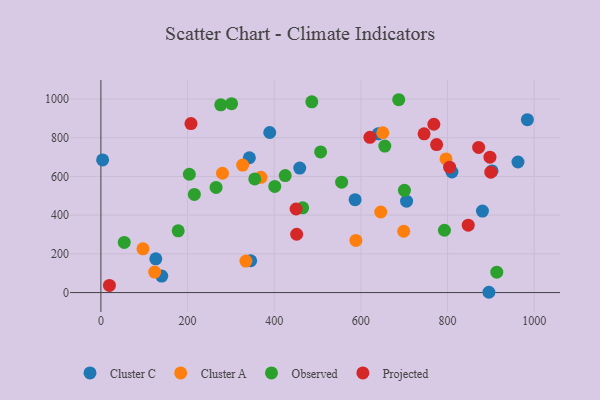
{"axis": {"x": "Investment", "y": "Sales"}, "legend": ["Cluster A", "Cluster C", "Observed", "Projected"], "data": [{"x": "458.9", "y": 643.1, "type": "Cluster C"}, {"x": "126.7", "y": 174.5, "type": "Cluster C"}, {"x": "962.6", "y": 674.7, "type": "Cluster C"}, {"x": "705.5", "y": 471.9, "type": "Cluster C"}, {"x": "810.2", "y": 622.8, "type": "Cluster C"}, {"x": "342.7", "y": 696.6, "type": "Cluster C"}, {"x": "389.7", "y": 827.1, "type": "Cluster C"}, {"x": "345.7", "y": 164.3, "type": "Cluster C"}, {"x": "586.7", "y": 479.7, "type": "Cluster C"}, {"x": "4.0", "y": 685.5, "type": "Cluster C"}, {"x": "902.8", "y": 628.3, "type": "Cluster C"}, {"x": "895.5", "y": 1.4, "type": "Cluster C"}, {"x": "880.6", "y": 421.2, "type": "Cluster C"}, {"x": "640.1", "y": 820.4, "type": "Cluster C"}, {"x": "140.4", "y": 84.9, "type": "Cluster C"}, {"x": "984.3", "y": 893.2, "type": "Cluster C"}, {"x": "97.1", "y": 226.0, "type": "Cluster A"}, {"x": "124.2", "y": 105.9, "type": "Cluster A"}, {"x": "796.5", "y": 690.3, "type": "Cluster A"}, {"x": "280.6", "y": 616.5, "type": "Cluster A"}, {"x": "588.5", "y": 269.5, "type": "Cluster A"}, {"x": "650.6", "y": 825.8, "type": "Cluster A"}, {"x": "698.9", "y": 316.7, "type": "Cluster A"}, {"x": "334.7", "y": 162.8, "type": "Cluster A"}, {"x": "369.4", "y": 595.5, "type": "Cluster A"}, {"x": "645.9", "y": 416.3, "type": "Cluster A"}, {"x": "327.2", "y": 658.5, "type": "Cluster A"}, {"x": "401.3", "y": 548.2, "type": "Observed"}, {"x": "655.3", "y": 756.7, "type": "Observed"}, {"x": "276.6", "y": 970.3, "type": "Observed"}, {"x": "425.4", "y": 604.5, "type": "Observed"}, {"x": "215.7", "y": 507.0, "type": "Observed"}, {"x": "301.6", "y": 975.9, "type": "Observed"}, {"x": "178.4", "y": 319.1, "type": "Observed"}, {"x": "265.8", "y": 543.1, "type": "Observed"}, {"x": "465.6", "y": 438.0, "type": "Observed"}, {"x": "53.9", "y": 259.0, "type": "Observed"}, {"x": "204.1", "y": 611.3, "type": "Observed"}, {"x": "486.8", "y": 985.8, "type": "Observed"}, {"x": "700.5", "y": 528.4, "type": "Observed"}, {"x": "507.1", "y": 726.8, "type": "Observed"}, {"x": "913.7", "y": 105.3, "type": "Observed"}, {"x": "687.4", "y": 996.4, "type": "Observed"}, {"x": "555.6", "y": 570.2, "type": "Observed"}, {"x": "792.9", "y": 322.0, "type": "Observed"}, {"x": "355.1", "y": 586.9, "type": "Observed"}, {"x": "620.9", "y": 802.3, "type": "Projected"}, {"x": "207.9", "y": 873.4, "type": "Projected"}, {"x": "768.4", "y": 869.7, "type": "Projected"}, {"x": "451.8", "y": 301.3, "type": "Projected"}, {"x": "847.8", "y": 347.9, "type": "Projected"}, {"x": "899.9", "y": 621.9, "type": "Projected"}, {"x": "745.9", "y": 820.0, "type": "Projected"}, {"x": "871.8", "y": 750.1, "type": "Projected"}, {"x": "897.9", "y": 699.6, "type": "Projected"}, {"x": "19.7", "y": 37.0, "type": "Projected"}, {"x": "450.5", "y": 431.8, "type": "Projected"}, {"x": "804.8", "y": 647.8, "type": "Projected"}, {"x": "774.8", "y": 764.7, "type": "Projected"}]}